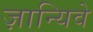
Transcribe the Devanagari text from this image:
ज़ान्यिवे